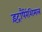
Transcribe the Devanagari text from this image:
इंट्रापैरेंशिमल